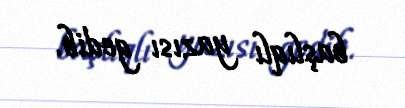
başlıqlı yazısı gedib.